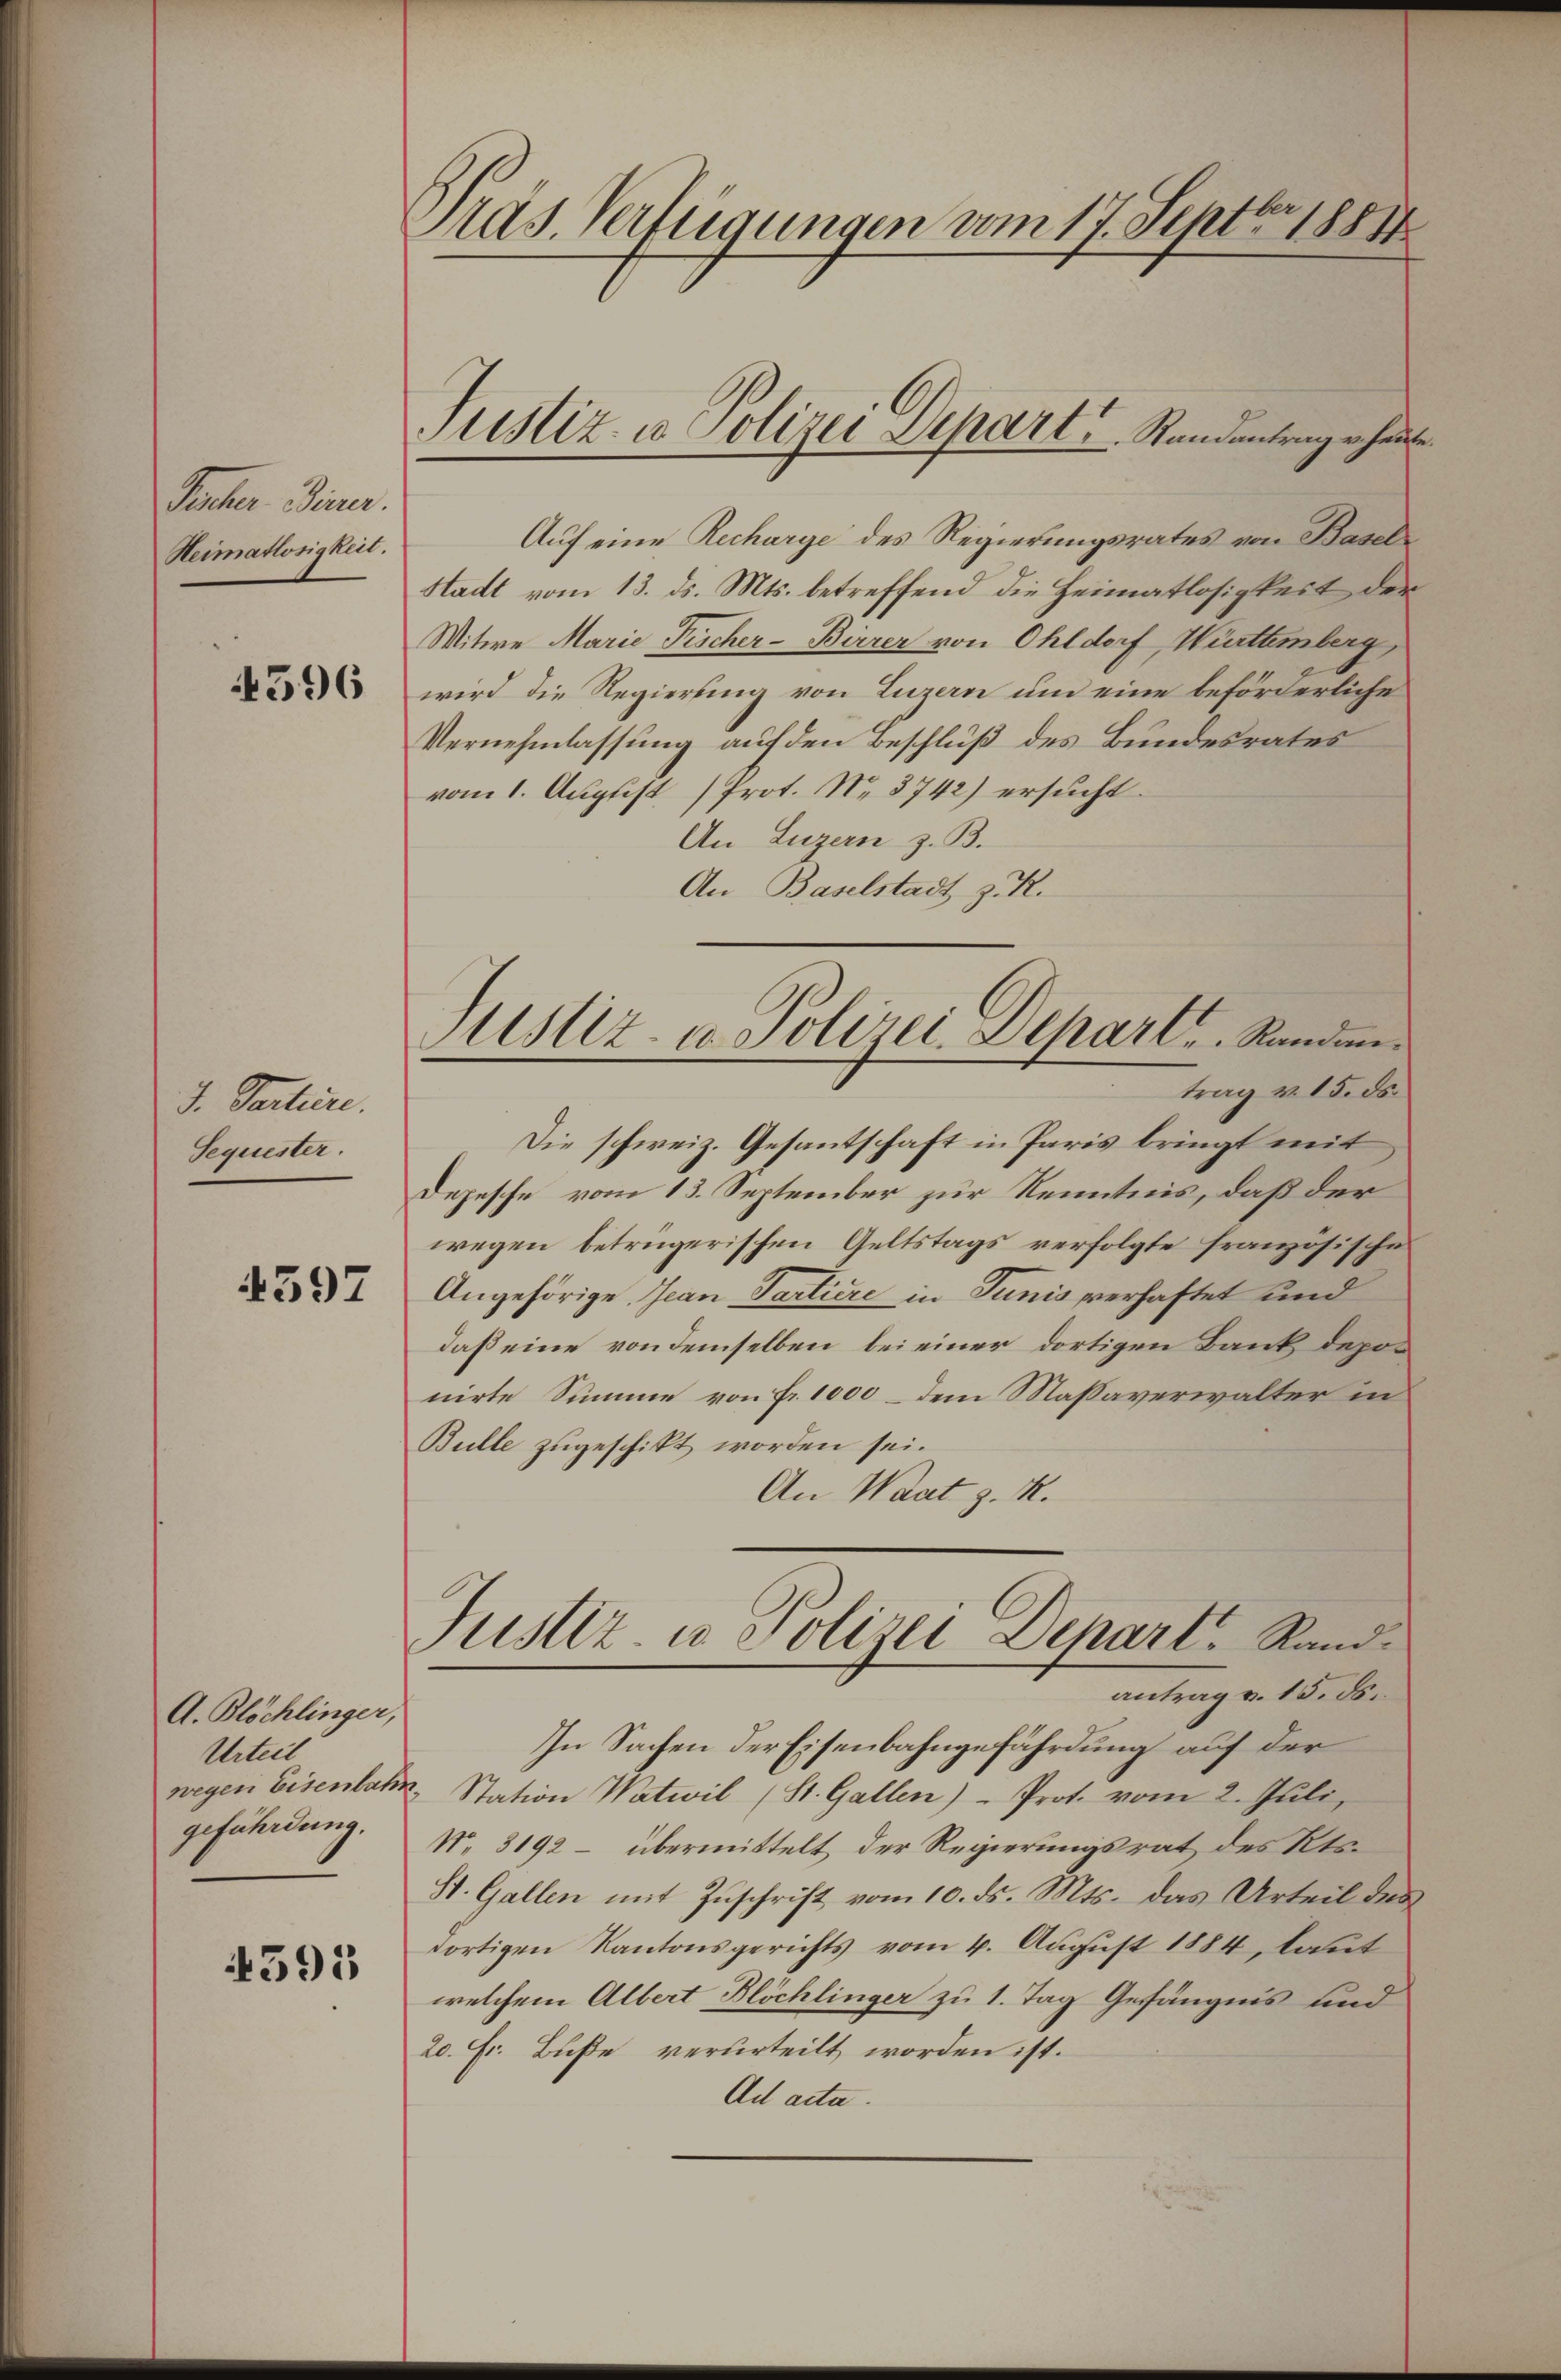
Jecher Direr.
Heimatlosigkeit.

4396

J. Partiere.
Sequester.

4397

A. Blöchlinger,
Urteil
wegen Eisenbahn
gefährdung.

4595

Präs. Verfügungen vom 17. Septbr 1884

liz. Polizei Depart. Randantrag er heute.

Auf eine Recharge des Regierungsrates von Basel
Stadt vom 13. ds. Mts. betreffend die Heimatlosigkeit der
Witwe Marie Fischer-Bierer von Ohldorf, Württemberg,
wird die Regierung von Luzern um eine beförderliche
Vernehmlassung auf den Beschluß des Bundesrates
vom 1. August (Prot. No. 3742) ersucht.
An Luzern z. B.
An Baselstadt z. R.
Die schweiz. Gesantschaft in Paris bringt mit
Depesche vom 13. September zur Kenntnis, daß der
wegen betrügerischen Geltstags verfolgte französische
Angehörige Jean Partiere in Tunis verhaftet und
daß eine von demselben bei einer dortigen Bank deponirte Summe von Fr. 1000 – dem Massaverwalter in
Bulle zugeschikt worden sei.
An Waat d. M.
Justiz- u Polizei Depart, Randantrag v. 15. ds.
In Sachen der Eisenbahngefährdung auf der
u. Station Watwil (St. Gallen) Prot. vom 2. Jŭli,
N. 3192 – übermittelt der Regierungsrat des Kts.
St. Gallen mit Zŭschrift vom 10. ds. Mts. das Urteil des
dortigen Kantonsgerichts vom 4. August 1884, laut
welchem Albert Blöchlinger zu 1. Tag Gefängnis und
20. Fr. Buße verurteilt worden ist.
Ad acta.

Justiz- u. Polizei Depart. Randantrag v. 15. ds.